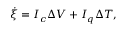
\dot { \xi } = I _ { c } \Delta V + I _ { q } \Delta T ,